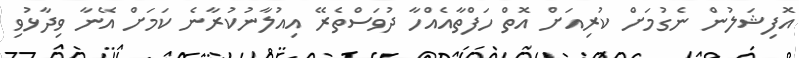
އޮފިޝަލުން ނެގުމަށް ކުރިއަށް އޮތް ހަފްތާއެއްހާ ދުވަސްތެރޭ އިއުލާނުކުރާނެ ކަމަށް އޭނާ ވިދާޅުވި